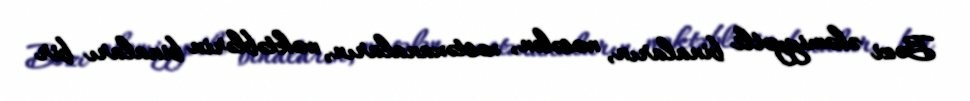
Bəzi əhəmiyyətli binaların, məsələn, xəstəxanaların, məktəblərin binaları bir